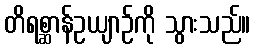
တိရစ္ဆာန်ဥယျာဉ်ကို သွားသည်။